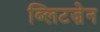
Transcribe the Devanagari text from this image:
ब्लिटज़ेन